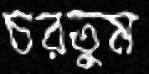
চরতুম